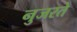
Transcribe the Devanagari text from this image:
नुजरते